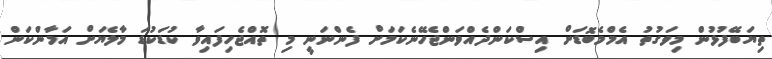
ތިޔަބޭފުޅުން މިވަގުތު އެމްމެބޮޑަށް އިސްކަންދެއްވަންޖެހޭނެކަމަށް ފެންނަނީ މި ތޮއްޖެހިފައިވާ ކުޑަކުޑަ މާލެޔަށް އަމާންކަން